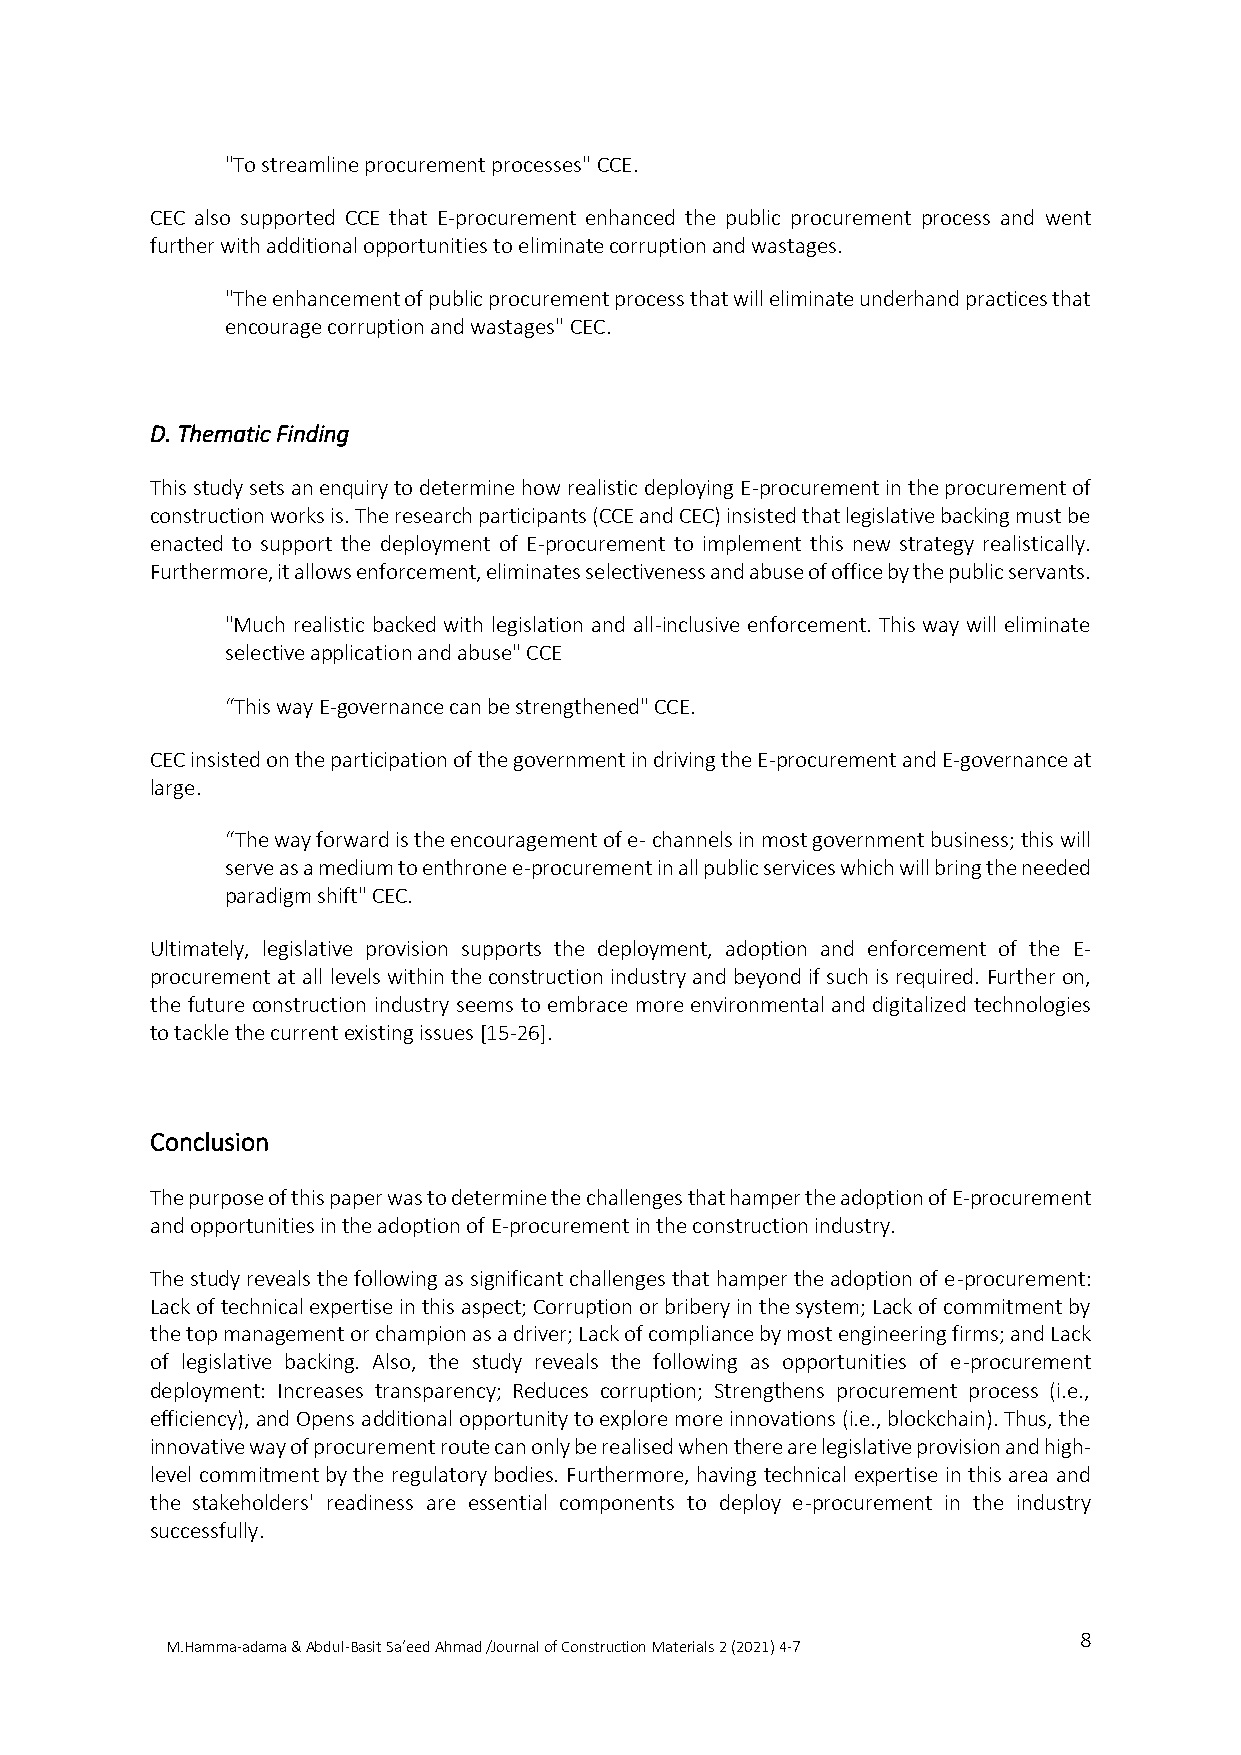
"To streamline procurement processes" CCE.
 CEC also supported CCE that E-procurement enhanced the public procurement process and went
 further with additional opportunities to eliminate corruption and wastages.
 "The enhancement of public procurement process that will eliminate underhand practices that
 encourage corruption and wastages" CEC.
 D. Thematic Finding
 This study sets an enquiry to determine how realistic deploying E-procurement in the procurement of
 construction works is. The research participants (CCE and CEC) insisted that legislative backing must be
 enacted to support the deployment of E-procurement to implement this new strategy realistically.
 Furthermore, it allows enforcement, eliminates selectiveness and abuse of office by the public servants.
 "Much realistic backed with legislation and all-inclusive enforcement. This way will eliminate
 selective application and abuse" CCE
 “This way E-governance can be strengthened" CCE.
 CEC insisted on the participation of the government in driving the E-procurement and E-governance at
 large.
 “The way forward is the encouragement of e- channels in most government business; this will
 serve as a medium to enthrone e-procurement in all public services which will bring the needed
 paradigm shift" CEC.
 Ultimately, legislative provision supports the deployment, adoption and enforcement of the E-
 procurement at all levels within the construction industry and beyond if such is required. Further on,
 the future construction industry seems to embrace more environmental and digitalized technologies
 to tackle the current existing issues [15-26].
 Conclusion
 The purpose of this paper was to determine the challenges that hamper the adoption of E-procurement
 and opportunities in the adoption of E-procurement in the construction industry.
 The study reveals the following as significant challenges that hamper the adoption of e-procurement:
 Lack of technical expertise in this aspect; Corruption or bribery in the system; Lack of commitment by
 the top management or champion as a driver; Lack of compliance by most engineering firms; and Lack
 of legislative backing. Also, the study reveals the following as opportunities of e-procurement
 deployment: Increases transparency; Reduces corruption; Strengthens procurement process (i.e.,
 efficiency), and Opens additional opportunity to explore more innovations (i.e., blockchain). Thus, the
 innovative way of procurement route can only be realised when there are legislative provision and high-
 level commitment by the regulatory bodies. Furthermore, having technical expertise in this area and
 the stakeholders' readiness are essential components to deploy e-procurement in the industry
 successfully.
 8
 M.Hamma-adama & Abdul-Basit Sa’eed Ahmad /Journal of Construction Materials 2 (2021) 4-7